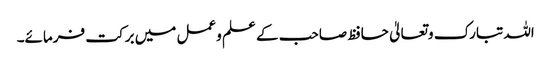
اللہ تبارک وتعالیٰ حافظ صاحب کے علم وعمل میں برکت فرمائے۔